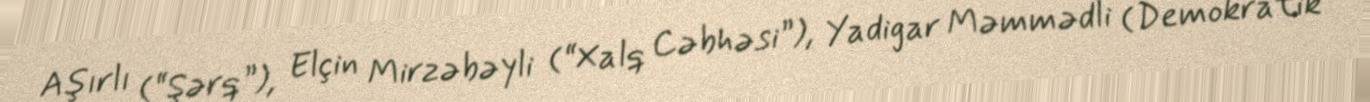
Aşırlı (“Şərq”), Elçin Mirzəbəyli (“Xalq Cəbhəsi”), Yadigar Məmmədli (Demokratik